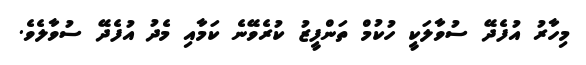
މިހާރު އުފެދޭ ސުވާލަކީ ހުކުމް ތަންފީޒު ކުރެވޭނެ ކަމާއި މެދު އުފެދޭ ސުވާލެވެ.